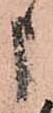
申